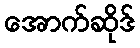
အောက်ဆိုဒ်